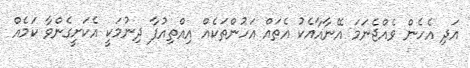
އަދި އެހެން ވެއްޖެނަމަ އޭނާއާއެކު އެތައް އަހުންތަކެއް އިއްތިއުފާ ދިނުމަކީ އެކަށީގެންވާ ކަމެއް